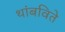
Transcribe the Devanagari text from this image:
थांबविते